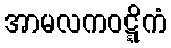
အာမလကဝဋ္ဋိကံ